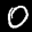
Label: 0